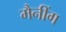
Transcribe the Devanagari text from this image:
मैनींग